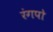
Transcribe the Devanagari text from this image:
रंगपो